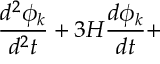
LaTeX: \frac { d ^ { 2 } \phi _ { k } } { d ^ { 2 } t } + 3 H \frac { d \phi _ { k } } { d t } +